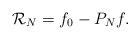
LaTeX: \begin{align*} \mathcal{R}_N=f_0-P_Nf. \end{align*}